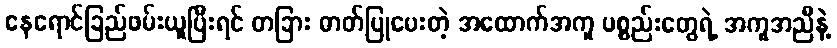
နေရောင်ခြည်ဖမ်းယူပြီးရင် တခြား ဓာတ်ပြုပေးတဲ့ အထောက်အကူ ပစ္စည်းတွေရဲ့ အကူအညီနဲ့